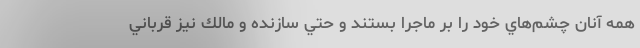
همه آنان چشم‌هاي خود را بر ماجرا بستند و حتي سازنده و مالك نيز قرباني